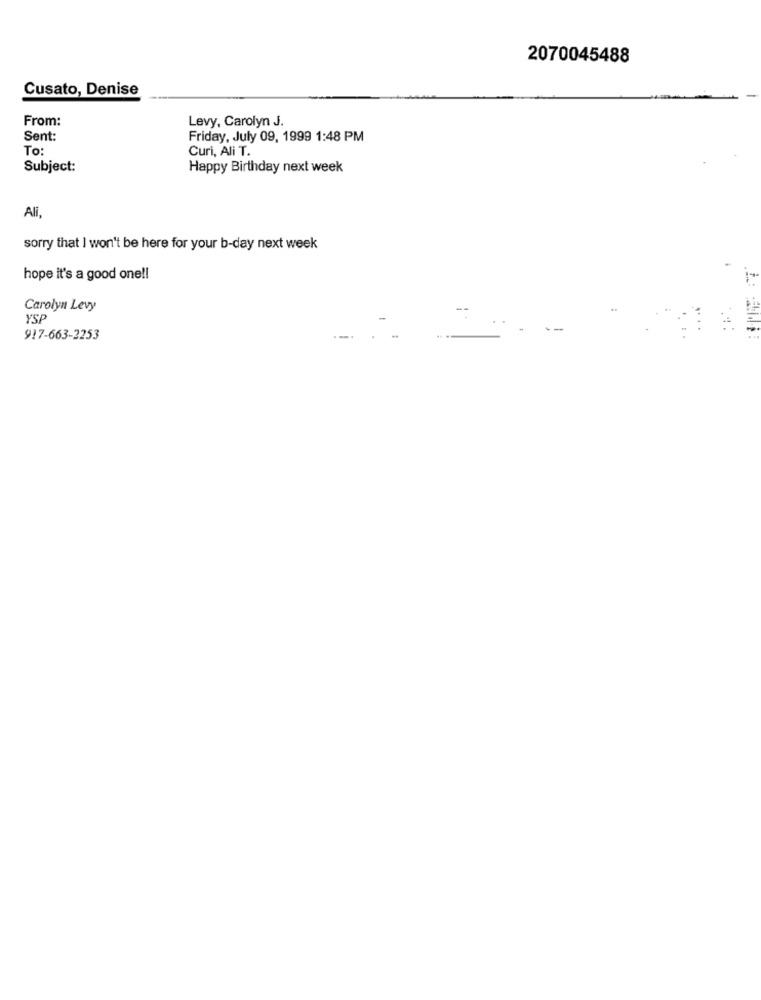
2070045488
Cusato, Denise
From:
Levy, Carolyn J.
Sent:
Friday, July 09, 1999 1:48 PM
To:
Curi, Ali T.
Subject:
Happy Birthday next week
Ali,
sorry that I won't be here for your b-day next week
hope it's a good one !!
Carolyn Levy
YSP
--
917-663-2253